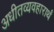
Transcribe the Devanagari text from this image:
अधीतव्यवहारार्थं